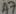
Text: A7